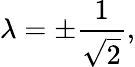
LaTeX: \lambda=\pm{\frac{1}{\sqrt{2}}},